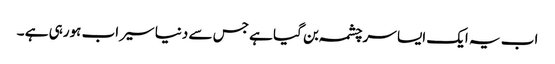
اب یہ ایک ایسا سرچشمہ بن گیا ہے جس سے دنیا سیراب ہورہی ہے ۔